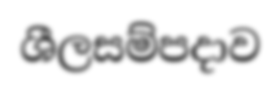
ශීලසම්පදාව